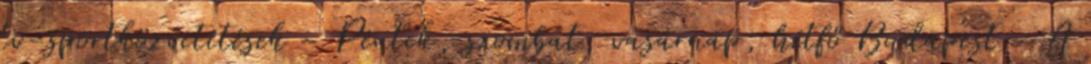
tv-sportközvetítések – Péntek, szombat, vasárnap, hétfő Budapest – A